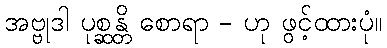
အဗ္ဗုဒါ ပုစ္ဆန္တိ စောရာ - ဟု ဖွင့်ထားပုံ။